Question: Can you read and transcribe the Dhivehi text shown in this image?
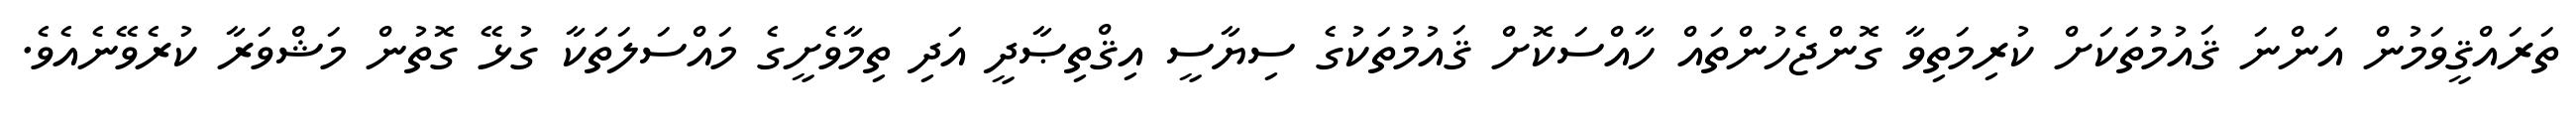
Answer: ތަރައްޤީވަމުން އަންނަ ޤައުމުތަކަށް ކުރިމަތިވާ ގޮންޖެހުންތައް ހާއްސަކޮށް ޤައުމުތަކުގެ ސިޔާސީ އިޤްތިޞާދީ އަދި ތިމާވެށީގެ މައްސަލަތަކާ ގުޅޭ ގޮތުން މަޝްވަރާ ކުރެވޭނެއެވެ.